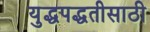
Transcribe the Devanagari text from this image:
युद्धपद्धतीसाठी